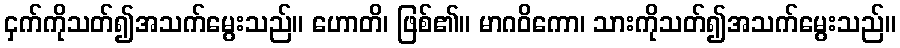
ငှက်ကိုသတ်၍အသက်မွေးသည်။ ဟောတိ၊ ဖြစ်၏။ မာဂဝိကော၊ သားကိုသတ်၍အသက်မွေးသည်။